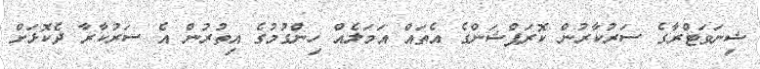
ޝިނަވަޓްރާގެ ސަރުކާރުން ކޮރަޕްޝަންގެ އެތައް އަމަލެއް ހިންގުމުގެ އިތުރުން އެ ސަރުކާރާ ދެކޮޅަށް